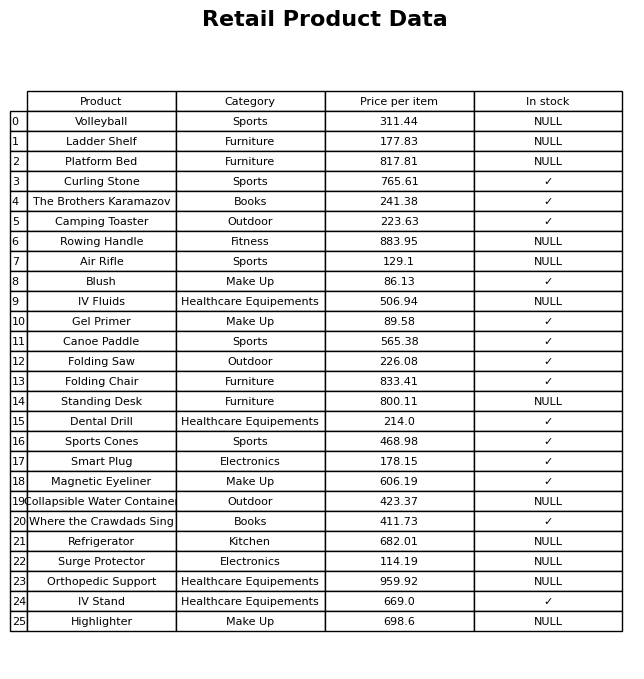
question: Which products are currently out of stock?
answer: Volleyball, Ladder Shelf, Platform Bed, Rowing Handle, Air Rifle, IV Fluids, Standing Desk, Collapsible Water Container, Refrigerator, Surge Protector, Orthopedic Support, Highlighter